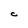
Character: C